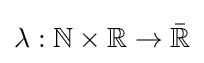
\lambda :\mathbb {N} \times \mathbb {R} \to {\bar {\mathbb {R} }}